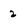
Character: 2